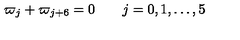
\varpi _ { j } + \varpi _ { j + 6 } = 0 \qquad j = 0 , 1 , \dots , 5